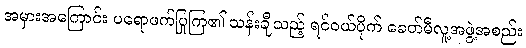
အမှားအကြောင်း ပရောဖက်ပြုကြ၏ သန်းချီသည့် ရင်ဝယ်ပိုက် ခေတ်မီလူ့အဖွဲ့အစည်း